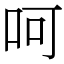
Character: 呵